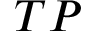
T P